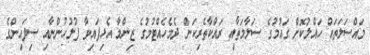
މައްސަލަތައް ހައްލުކޮށް ގައުމުގެ ސަލާމަތާއި ރައްކާތެރިކަން ދެމެހެއްޓުމުގެ ޒިންމާ އެޅިފައިވާ ފުލުހުންނާއި ސިފައިންގެ